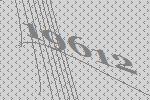
19612